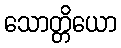
သောတ္တိယော